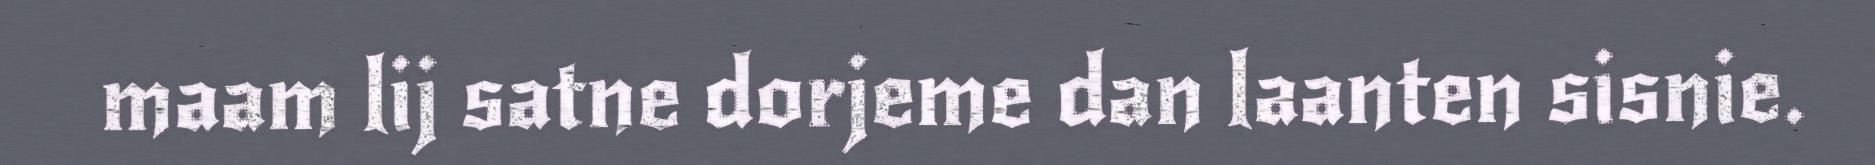
maam lij satne dorjeme dan laanten sisnie.